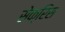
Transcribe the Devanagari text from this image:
सेक्रिस